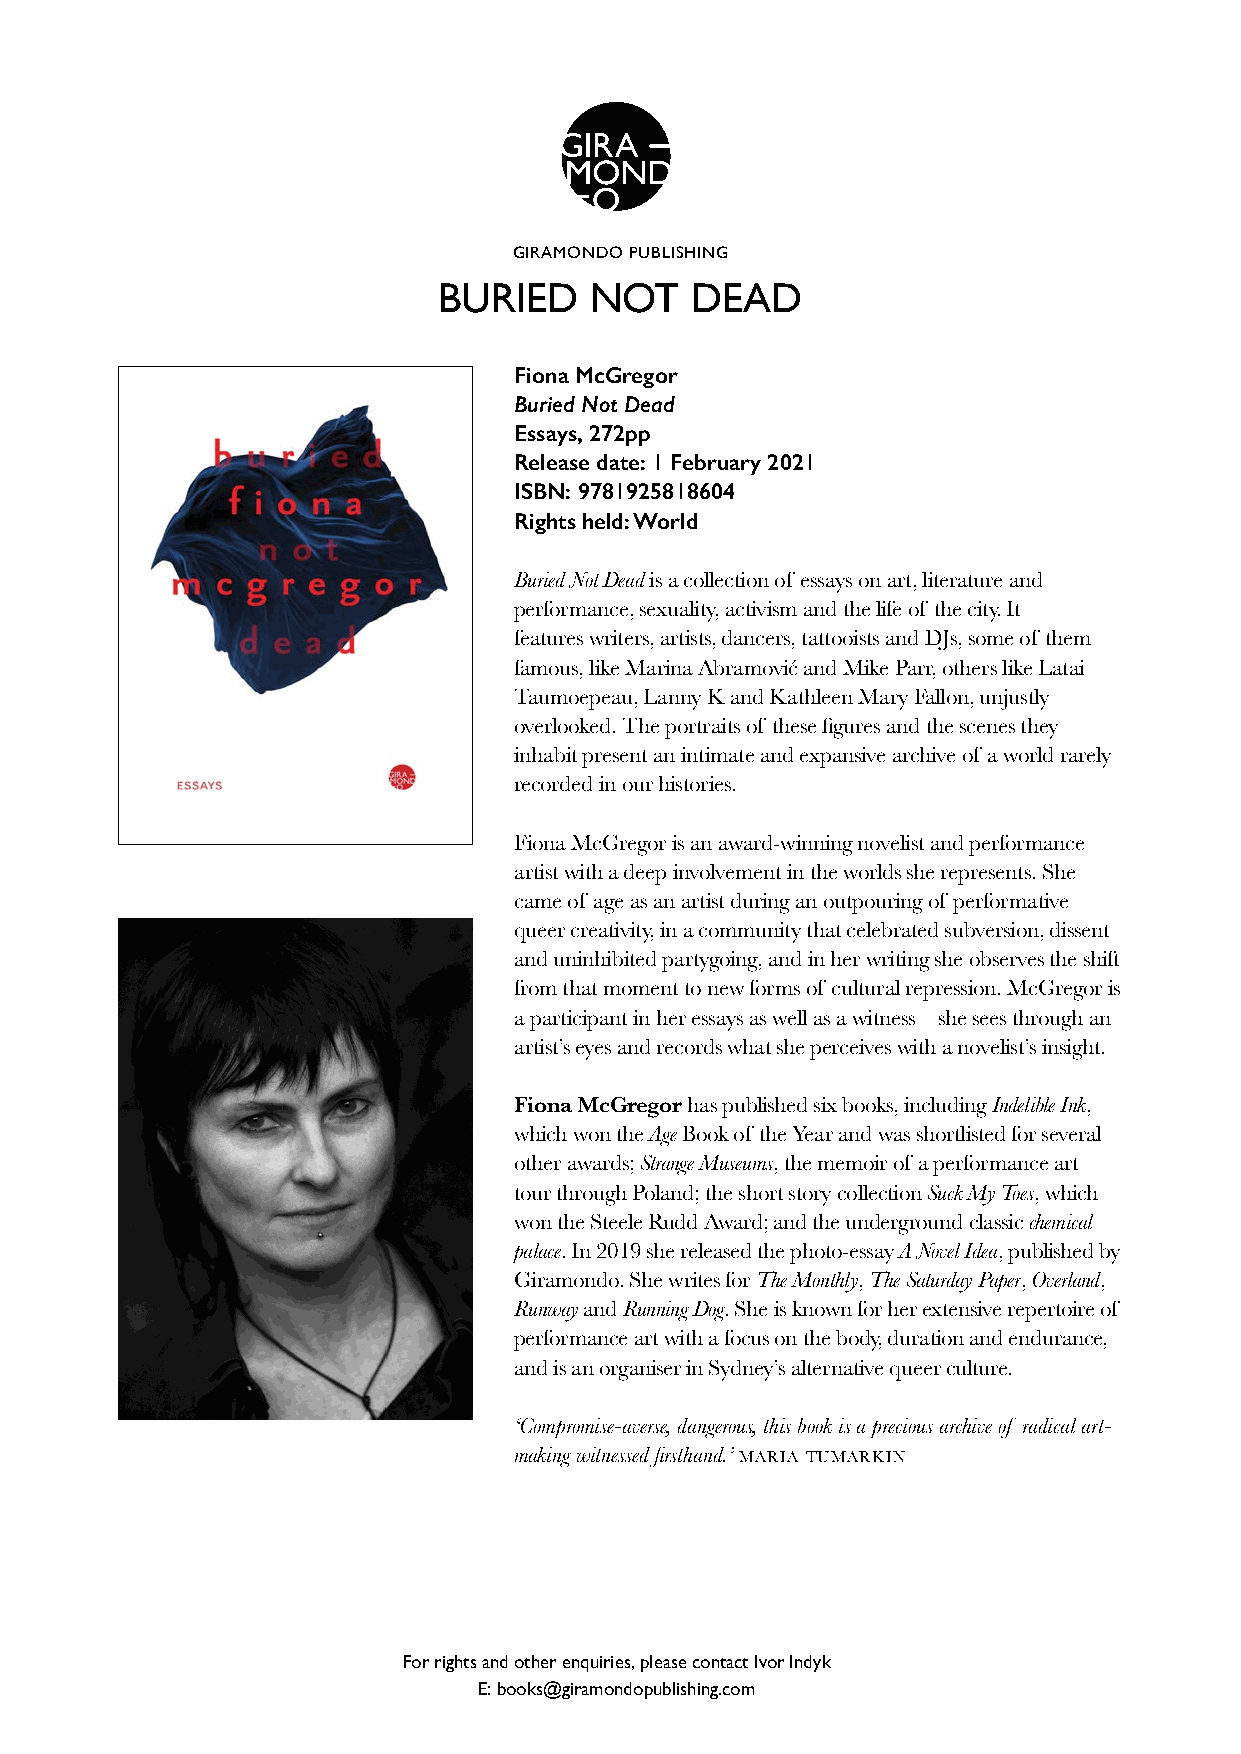
GIRAMONDO PUBLISHING
 BURIED    NOT    DEAD
 Fiona McGregor
 Buried Not Dead
 Essays, 272pp
 Release date: 1 February 2021
 ISBN: 9781925818604
 Rights held: World
 Buried Not Dead is a collection of essays on art, literature and
 performance, sexuality, activism and the life of the city. It
 features writers, artists, dancers, tattooists and DJs, some of them
 famous, like Marina Abramović and Mike Parr, others like Latai
 Taumoepeau, Lanny K and Kathleen Mary Fallon, unjustly
 overlooked. The portraits of these figures and the scenes they
 inhabit present an intimate and expansive archive of a world rarely
 recorded in our histories.
 Fiona McGregor is an award-winning novelist and performance
 artist with a deep involvement in the worlds she represents. She
 came of age as an artist during an outpouring of performative
 queer creativity, in a community that celebrated subversion, dissent
 and uninhibited partygoing, and in her writing she observes the shift
 from that moment to new forms of cultural repression. McGregor is
 a participant in her essays as well as a witness – she sees through an
 artist’s eyes and records what she perceives with a novelist’s insight.
 Fiona McGregor has published six books, including Indelible Ink,
 which won the Age Book of the Year and was shortlisted for several
 other awards; Strange Museums, the memoir of a performance art
 tour through Poland; the short story collection Suck My Toes, which
 won the Steele Rudd Award; and the underground classic chemical
 palace. In 2019 she released the photo-essay A Novel Idea, published by
 Giramondo. She writes for The Monthly, The Saturday Paper, Overland,
 Runway and Running Dog. She is known for her extensive repertoire of
 performance art with a focus on the body, duration and endurance,
 and is an organiser in Sydney’s alternative queer culture.
 ‘Compromise-averse, dangerous, this book is a precious archive of radical art-
 making witnessed firsthand.’ maria tumarkin
 For rights and other enquiries, please contact Ivor Indyk
 E: books@giramondopublishing.com